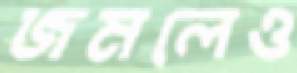
জমলেও